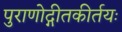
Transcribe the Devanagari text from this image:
पुराणोद्गीतकीर्तयः